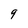
Character: 9